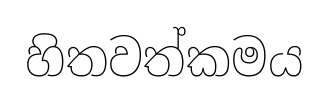
හිතවත්කමය